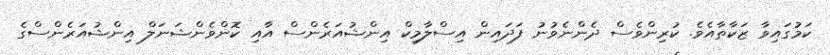
ކަމުގައިވާ ޒަކާތާއެވެ. ކުރިންވެސް ދެންނެވުނު ފަދައިން އިސްލާމިކް އިންޝުއަރެންސް އާއި ކޮންވެންޝަނަލް އިންޝުއަރެންސްގެ